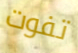
تفوت